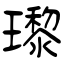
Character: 瓈